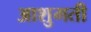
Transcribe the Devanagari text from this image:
आशुमती